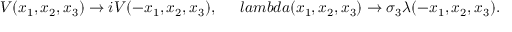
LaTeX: V ( x _ { 1 } , x _ { 2 } , x _ { 3 } ) \rightarrow i V ( - x _ { 1 } , x _ { 2 } , x _ { 3 } ) , \ \ \ \ \, l a m b d a ( x _ { 1 } , x _ { 2 } , x _ { 3 } ) \rightarrow \sigma _ { 3 } \lambda ( - x _ { 1 } , x _ { 2 } , x _ { 3 } ) .